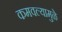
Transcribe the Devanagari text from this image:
कमवल्यामुळे